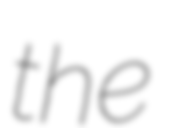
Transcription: the